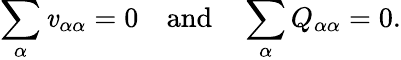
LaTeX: \sum_{\alpha}\mathit{v}_{\alpha\alpha}=0\quad{\mathrm{{and}}}\quad\sum_{\alpha}Q_{\alpha\alpha}=0.